Lunatic asylums Bombay report 1878-1890 - 1878-1890
Year: 1878
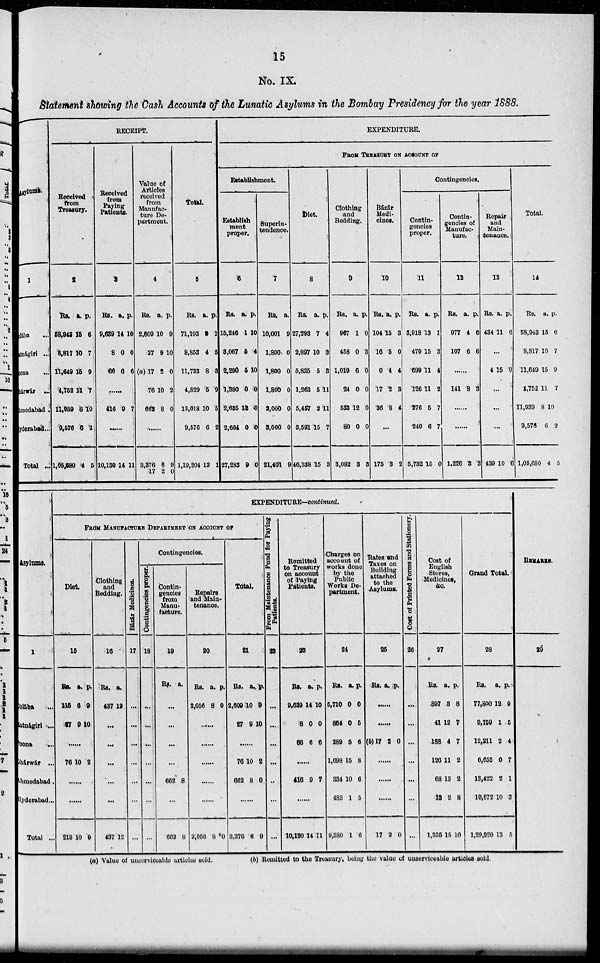
15
No. IX.
Statement showing the Cash Accounts of the Lunatic Asylums in the Bombay Presidency for the year 1888.
Asylums.
1
Colába ...
Ratnágiri ...
pons ...
Dhárwár ...
Ahmedabad ...
Hyderabad...
Total ...
RECEIPT.
Received
from
Treasury.
2
Rs.
58,943
8,817
11,649
4,752
11,939
9,576
1,05,680
a.
15
10
15
11
8
6
4
p.
6
7
9
7
10
2
5
Received
from
Paying
Patients.
3
Rs.
9,639
8
66
a.
14
0
6
p.
10
0
6
......
416 9 7
......
10,130 14 11
Value of
Articles
received
from
Manufac-
ture De-
partment.
4
Rs.
2,609
27
(a) 17
76
662
a.
10
9
2
10
8
p.
9
10
0
2
0
......
3,376
17
6
2
9
0
Total.
5
Rs.
71,193
8,853
11,733
4,829
13,018
9,576
1,19,204
a.
3
4
8
5
10
6
12
p.
1
5
3
9
5
2
1
EXPENDITURE.
FROM TREASURY ON ACCOUNT OF
Establishment.
Establish
ment
proper.
6
Rs.
15,246
3,067
2,290
1,380
2,685
2,664
27,283
a.
1
5
5
0
13
0
9
p.
10
4
10
0
0
0
0
Superin-
tendence.
7
Rs.
10,001
1,800
1,800
1,800
3,000
3,000
21,401
a.
9
0
0
0
0
0
9
Diet.
8
Rs.
27,293
2,897
5,835
1,263
5,457
3,591
46,338
a.
7
10
5
5
2
15
15
p.
4
3
3
11
11
7
3
Clothing
and
Bedding.
9
Rs.
967
458
1,019
24
533
80
3,082
a.
1
0
6
0
12
0
8
p.
0
3
0
0
0
0
8
Bázár
Medi¬
cines.
10
Rs.
104
16
0
17
36
a.
15
5
4
2
8
p.
3
0
4
3
4
...
175 3 2
Contingencies.
Contin¬
gencies
proper.
11
Rs.
3,918
470
699
126
276
240
5,732
a.
13
15
11
11
5
6
15
p.
1
3
4
2
7
7
0
Contin-
gencies of
Manufac-
ture.
12
Rs.
977
107
a.
4
6
p.
6
6
......
141 8 3
......
.....
1,226 3 3
Repair
and
Main-
tenance.
13
Rs.
434
a.
11
p.
6
...
4 15 0
...
...
...
439 10 6
Total.
14
Rs.
58,943
8,817
11,649
4,752
11,939
9,576
1,05,680
a.
15
10
15
11
8
6
4
p.
6
7
9
7
10
2
5
Asylums.
1
Colába
...
Ratnágiri...
Poona
...
Dhárwár ...
Ahmedabad.
Hyderabad...
Total ...
EXPENDITURE—continued.
FROM MANUFACTURE DEPARTMENT ON ACCOUNT OF
Diet.
15
Rs.
115
47
a.
6
9
p.
9
10
......
76 10 2
......
......
219 10 9
Clothing
and
Bedding.
16
Rs.
487
a.
12
...
...
...
...
...
437 12
Bázár Medicines.
17
p.
...
...
...
...
...
...
...
Contingencies.
Contingencies proper.
18
...
...
...
...
...
...
...
Contin-
gencies
from
Manu-
facture.
19
Rs. a.
...
...
...
...
662 8
...
662 8
Repairs
and Main-
tenance.
20
Rs.
2,056
a.
8
p.
0
......
......
......
......
......
2,056 8 0
Total.
21
Rs.
2,609
27
a.
10
9
p.
9
10
...
76
662
10
8
2
0
......
3,376 6 9
From Maintenance Fund for Paying
Paitents.
22
...
...
...
...
..
...
...
Remitted
to Treasury
on account
of Paying
Patients.
23
Rs.
9,639
8
66
a.
14
0
6
p.
10
0
6
......
416 9 7
......
10,130 14 11
Charges on
account of
works done
by the
Public
Works De-
partment.
24
Rs.
5,710
864
289
1,698
334
483
9,380
a.
0
0
5
15
10
1
1
p.
0
5
6
8
6
5
6
Rates and
Taxes on
Building
attached
to the
Asylums.
25
Rs. a. p.
......
......
(b)17 2 0
......
......
......
17 2 0
Cost
of Printed Forms and Stationery.
26
...
...
...
...
...
...
Cost of
English
Stores,
Medicines,
&c.
27
Rs.
897
41
188
126
68
13
1,335
a.
3
12
4
11
13
2
15
p.
8
7
7
2
2
8
10
Grand Total.
28
Rs.
77,800
9,759
12,211
6,655
13,422
10,072
1,29,920
a.
12
1
2
0
2
10
13
p.
9
5
4
7
1
3
5
REMARKS.
29
(a) Value of unserviceable articles sold.
(b) Remitted to the Treasury, being the value of unserviceable articles sold.